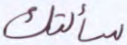
سألتك